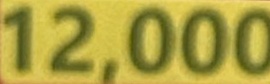
12.000